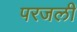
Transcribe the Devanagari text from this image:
परजली